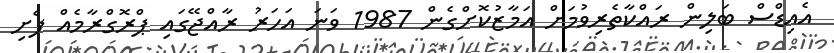
އެއިޑްސް ބަލިން ރައްކާތެރިވުމަށް އަމާޒުކޮށްގެން 1987 ވަނަ އަހަރު ރާއްޖޭގައި ޕްރޮގްރާމެއް ފެށި